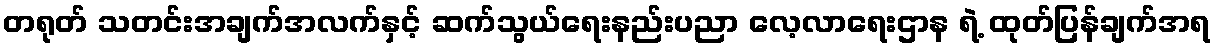
တရုတ် သတင်းအချက်အလက်နှင့် ဆက်သွယ်ရေးနည်းပညာ လေ့လာရေးဌာန ရဲ့ ထုတ်ပြန်ချက်အရ